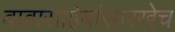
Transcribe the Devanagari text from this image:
बाबासाहेबांसारखेच